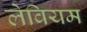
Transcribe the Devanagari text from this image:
लेवियम